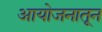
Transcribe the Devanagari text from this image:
आयोजनातून